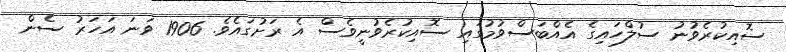
ސޮއިކުރެވުނު ސުލްހައިގެ އެއްބަސްވުމުގައި ސޮއިކުރެވުނީވެސް އެ ރަށުގައެވެ. 1906 ވަނަ އަހަރު ސެން